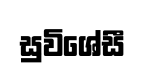
සුවිශේසී